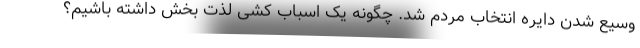
وسیع شدن دایره انتخاب مردم شد. چگونه یک اسباب کشی لذت بخش داشته باشیم؟